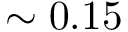
\sim 0 . 1 5